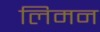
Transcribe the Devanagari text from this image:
लिमन